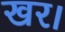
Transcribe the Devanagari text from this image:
खर।